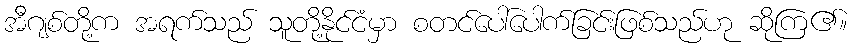
အီဂျစ်တို့က အရက်သည် သူတို့နိုင်ငံမှာ စတင်ပေါ်ပေါက်ခြင်းဖြစ်သည်ဟု ဆိုကြ၏။